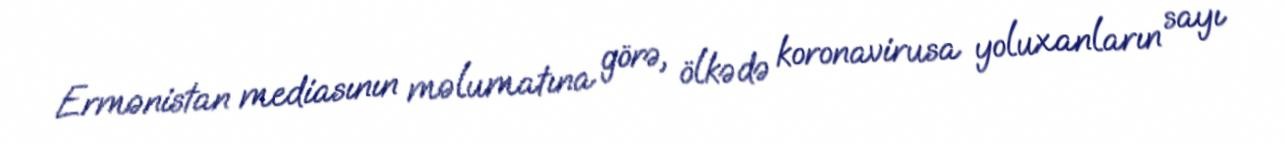
Ermənistan mediasının məlumatına görə, ölkədə koronavirusa yoluxanların sayı